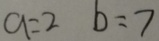
a = 2 b = 7